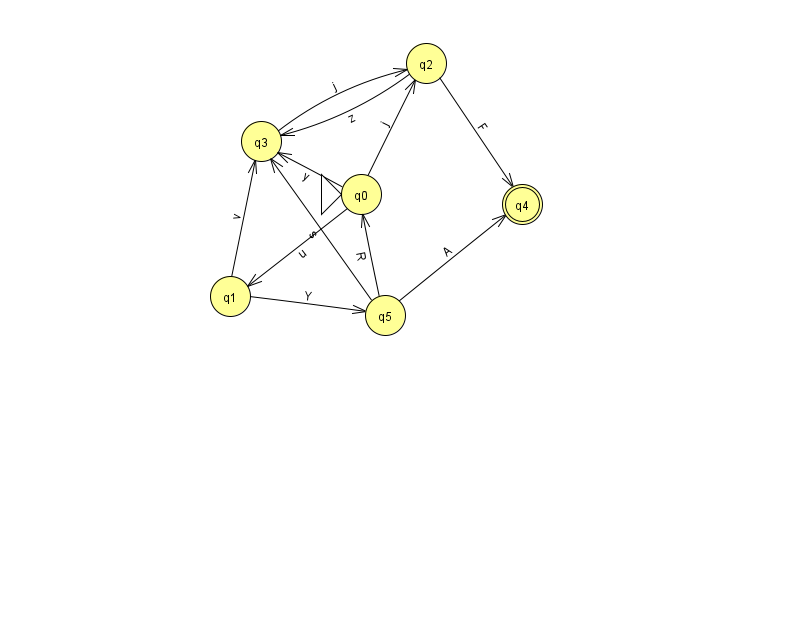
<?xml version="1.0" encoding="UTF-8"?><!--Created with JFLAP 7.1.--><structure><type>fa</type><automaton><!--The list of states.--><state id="0" name="q0"><x>361.0</x><y>181.0</y><initial/></state><state id="1" name="q1"><x>230.0</x><y>283.0</y></state><state id="2" name="q2"><x>426.0</x><y>50.0</y></state><state id="3" name="q3"><x>261.0</x><y>128.0</y></state><state id="4" name="q4"><x>522.0</x><y>191.0</y><final/></state><state id="5" name="q5"><x>385.0</x><y>302.0</y></state><!--The list of transitions.--><transition><from>2</from><to>3</to><read>z</read></transition><transition><from>3</from><to>2</to><read>j</read></transition><transition><from>0</from><to>2</to><read>j</read></transition><transition><from>2</from><to>4</to><read>F</read></transition><transition><from>5</from><to>3</to><read>s</read></transition><transition><from>1</from><to>3</to><read>v</read></transition><transition><from>0</from><to>3</to><read>y</read></transition><transition><from>5</from><to>0</to><read>R</read></transition><transition><from>1</from><to>5</to><read>Y</read></transition><transition><from>0</from><to>1</to><read>u</read></transition><transition><from>5</from><to>4</to><read>A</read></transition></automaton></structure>